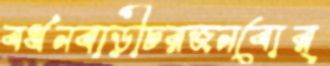
বর্ধনবাড়ীচরজনবোর্